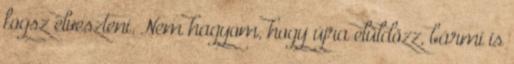
fogsz elveszteni. Nem hagyom, hogy újra elüldözz, bármi is